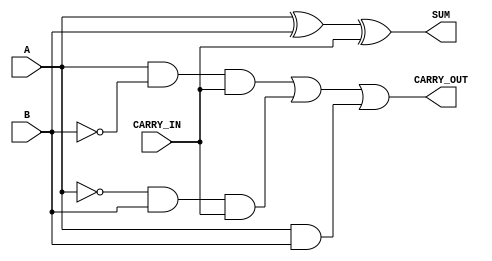
module full_adder
(
  input A,
  input B,
  input CARRY_IN,
  output SUM,
  output CARRY_OUT
);

  // This uses two exclusive OR (XOR) gates to SUM three inputs
  assign SUM = (A ^ B) ^ CARRY_IN;

  // This uses three OR gates to detect a CARRY_OUT from three inputs
  assign CARRY_OUT = (A & ~B & CARRY_IN) | (~A & B & CARRY_IN) | (A & B);
endmodule